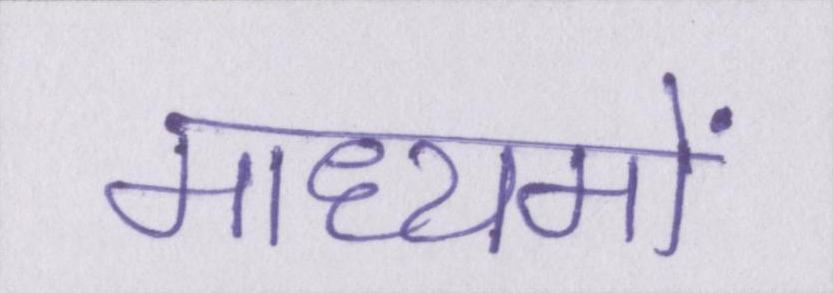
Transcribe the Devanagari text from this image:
माध्यमों